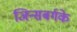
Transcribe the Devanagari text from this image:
जिन्सबर्गके